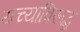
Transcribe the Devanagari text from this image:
यच्याविरूद्ध